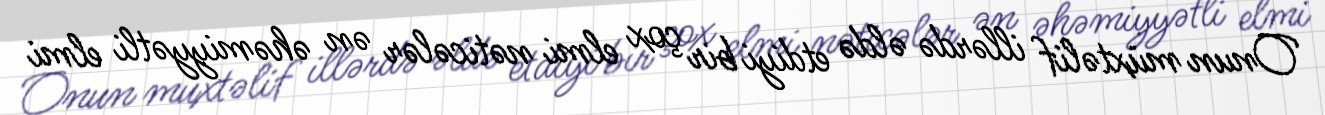
Onun müxtəlif illərdə əldə etdiyi bir çox elmi nəticələr ən əhəmiyyətli elmi